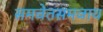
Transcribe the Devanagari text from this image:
समवेतसमवाय